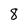
Character: 8